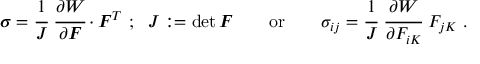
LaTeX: { \boldsymbol { \sigma } } = { \cfrac { 1 } { J } } ~ { \cfrac { \partial W } { \partial { \boldsymbol { F } } } } \cdot { \boldsymbol { F } } ^ { T } ~ ; ~ ~ J : = \operatorname* { d e t } { \boldsymbol { F } } \qquad { \mathrm { o r } } \qquad \sigma _ { i j } = { \cfrac { 1 } { J } } ~ { \cfrac { \partial W } { \partial F _ { i K } } } ~ F _ { j K } ~ .